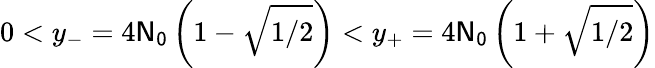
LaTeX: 0<y_{-}=4\mathsf{N_{0}}\left(1-\sqrt{1/2}\right)<y_{+}=4\mathsf{N_{0}}\left(1+\sqrt{1/2}\right)